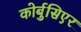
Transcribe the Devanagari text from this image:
कोर्बुसिएर